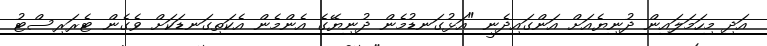
އަދި މިހަމަލައިން ދުނިޔެއަށް އަންގައިދެނީ "އަޅުގަނޑުމެން ދުނިޔޭގެ އެންމެން އެކަތިގަނޑަކަށް ވެގެން ޓެރަރިސްޓު